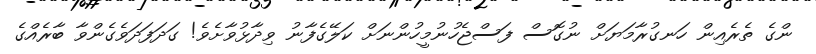
ންގެ ތެރެއިން ހަނގުރާމަޔަށް ނުގޮސް ފަސްޖެހުނުމީހުންނަށް ކަލޭގެފާނު ވިދާޅުވާށެވެ! ގަދަފަދަވެގެންވާ ބާރެއްގެ